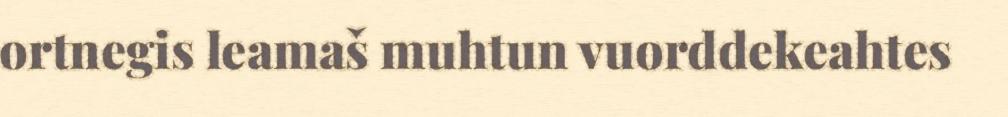
ortnegis leamaš muhtun vuorddekeahtes